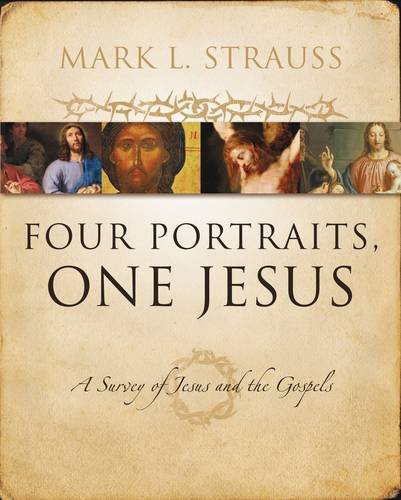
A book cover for Four Portraits, One Jesus: A Survey of Jesus and the Gospels; Mark L. Strauss; Christian Books & Bibles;